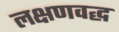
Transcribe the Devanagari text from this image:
लक्षणवद्ध